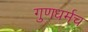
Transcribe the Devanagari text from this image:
गुणधर्मच